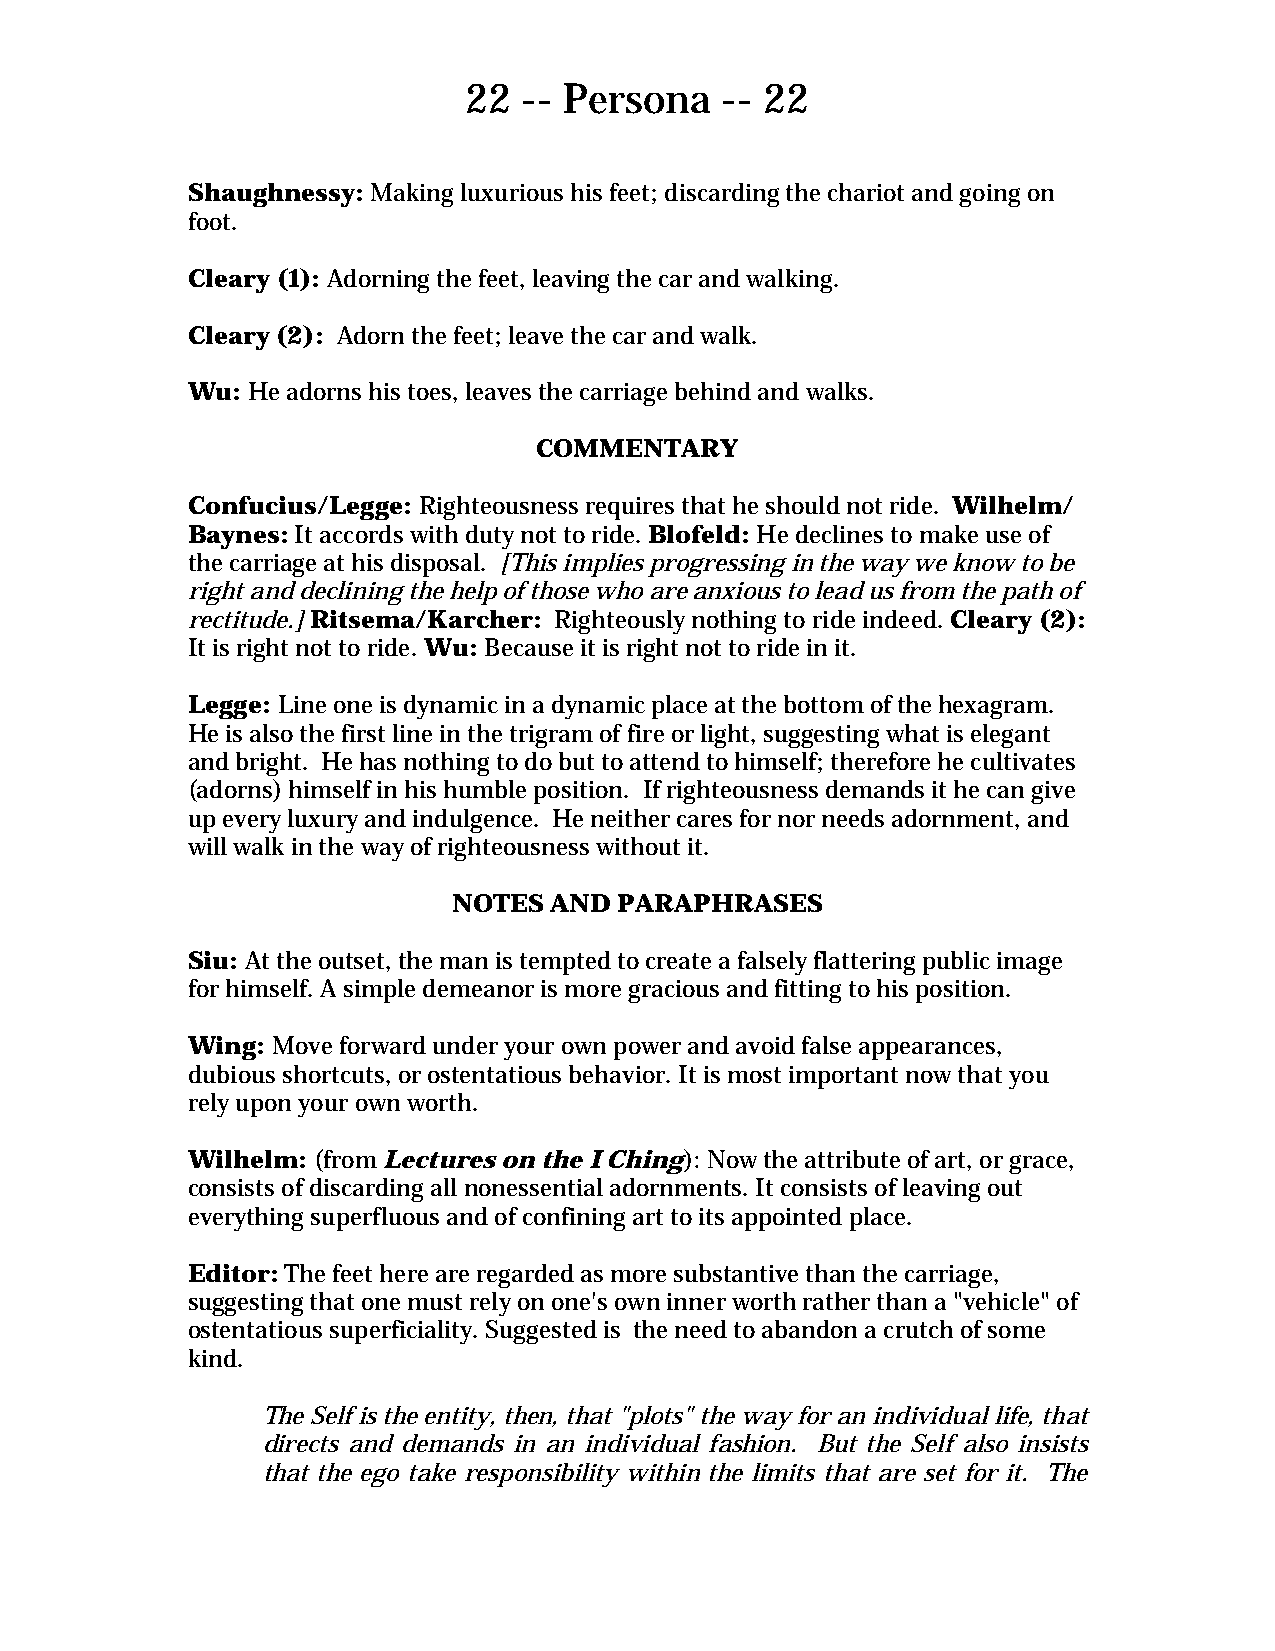
22  -- Persona   -- 22
 Shaughnessy: Making luxurious his feet; discarding the chariot and going on
 foot.
 Cleary (1): Adorning the feet, leaving the car and walking.
 Cleary (2): Adorn the feet; leave the car and walk.
 Wu: He adorns his toes, leaves the carriage behind and walks.
 COMMENTARY
 Confucius/Legge: Righteousness requires that he should not ride. Wilhelm/
 Baynes: It accords with duty not to ride. Blofeld: He declines to make use of
 the carriage at his disposal. [This implies progressing in the way we know to be
 right and declining the help of those who are anxious to lead us from the path of
 rectitude.] Ritsema/Karcher: Righteously nothing to ride indeed. Cleary (2):
 It is right not to ride. Wu: Because it is right not to ride in it.
 Legge: Line one is dynamic in a dynamic place at the bottom of the hexagram.
 He is also the first line in the trigram of fire or light, suggesting what is elegant
 and bright. He has nothing to do but to attend to himself; therefore he cultivates
 (adorns) himself in his humble position. If righteousness demands it he can give
 up every luxury and indulgence. He neither cares for nor needs adornment, and
 will walk in the way of righteousness without it.
 NOTES AND  PARAPHRASES
 Siu: At the outset, the man is tempted to create a falsely flattering public image
 for himself. A simple demeanor is more gracious and fitting to his position.
 Wing: Move forward under your own power and avoid false appearances,
 dubious shortcuts, or ostentatious behavior. It is most important now that you
 rely upon your own worth.
 Wilhelm: (from Lectures on the I Ching): Now the attribute of art, or grace,
 consists of discarding all nonessential adornments. It consists of leaving out
 everything superfluous and of confining art to its appointed place.
 Editor: The feet here are regarded as more substantive than the carriage,
 suggesting that one must rely on one's own inner worth rather than a "vehicle" of
 ostentatious superficiality. Suggested is the need to abandon a crutch of some
 kind.
 The Self is the entity, then, that "plots" the way for an individual life, that
 directs and demands in an individual fashion. But the Self also insists
 that the ego take responsibility within the limits that are set for it. The